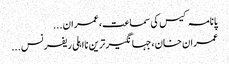
پانامہ کیس کی سماعت،عمران ...
عمران خان،جہانگیر ترین نااہلی ریفرنس ...